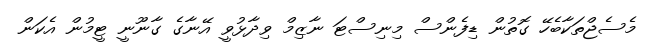
މެސެޖްތަކާބެހޭ ގޮތުން ޑިފެންސް މިނިސްޓަ ނާޒިމް ވިދާޅުވީ އޭނާގެ ގާނޫނީ ޓީމުން އެކަން